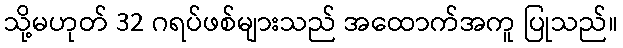
သို့မဟုတ် 32 ဂရပ်ဖစ်များသည် အထောက်အကူ ပြုသည်။